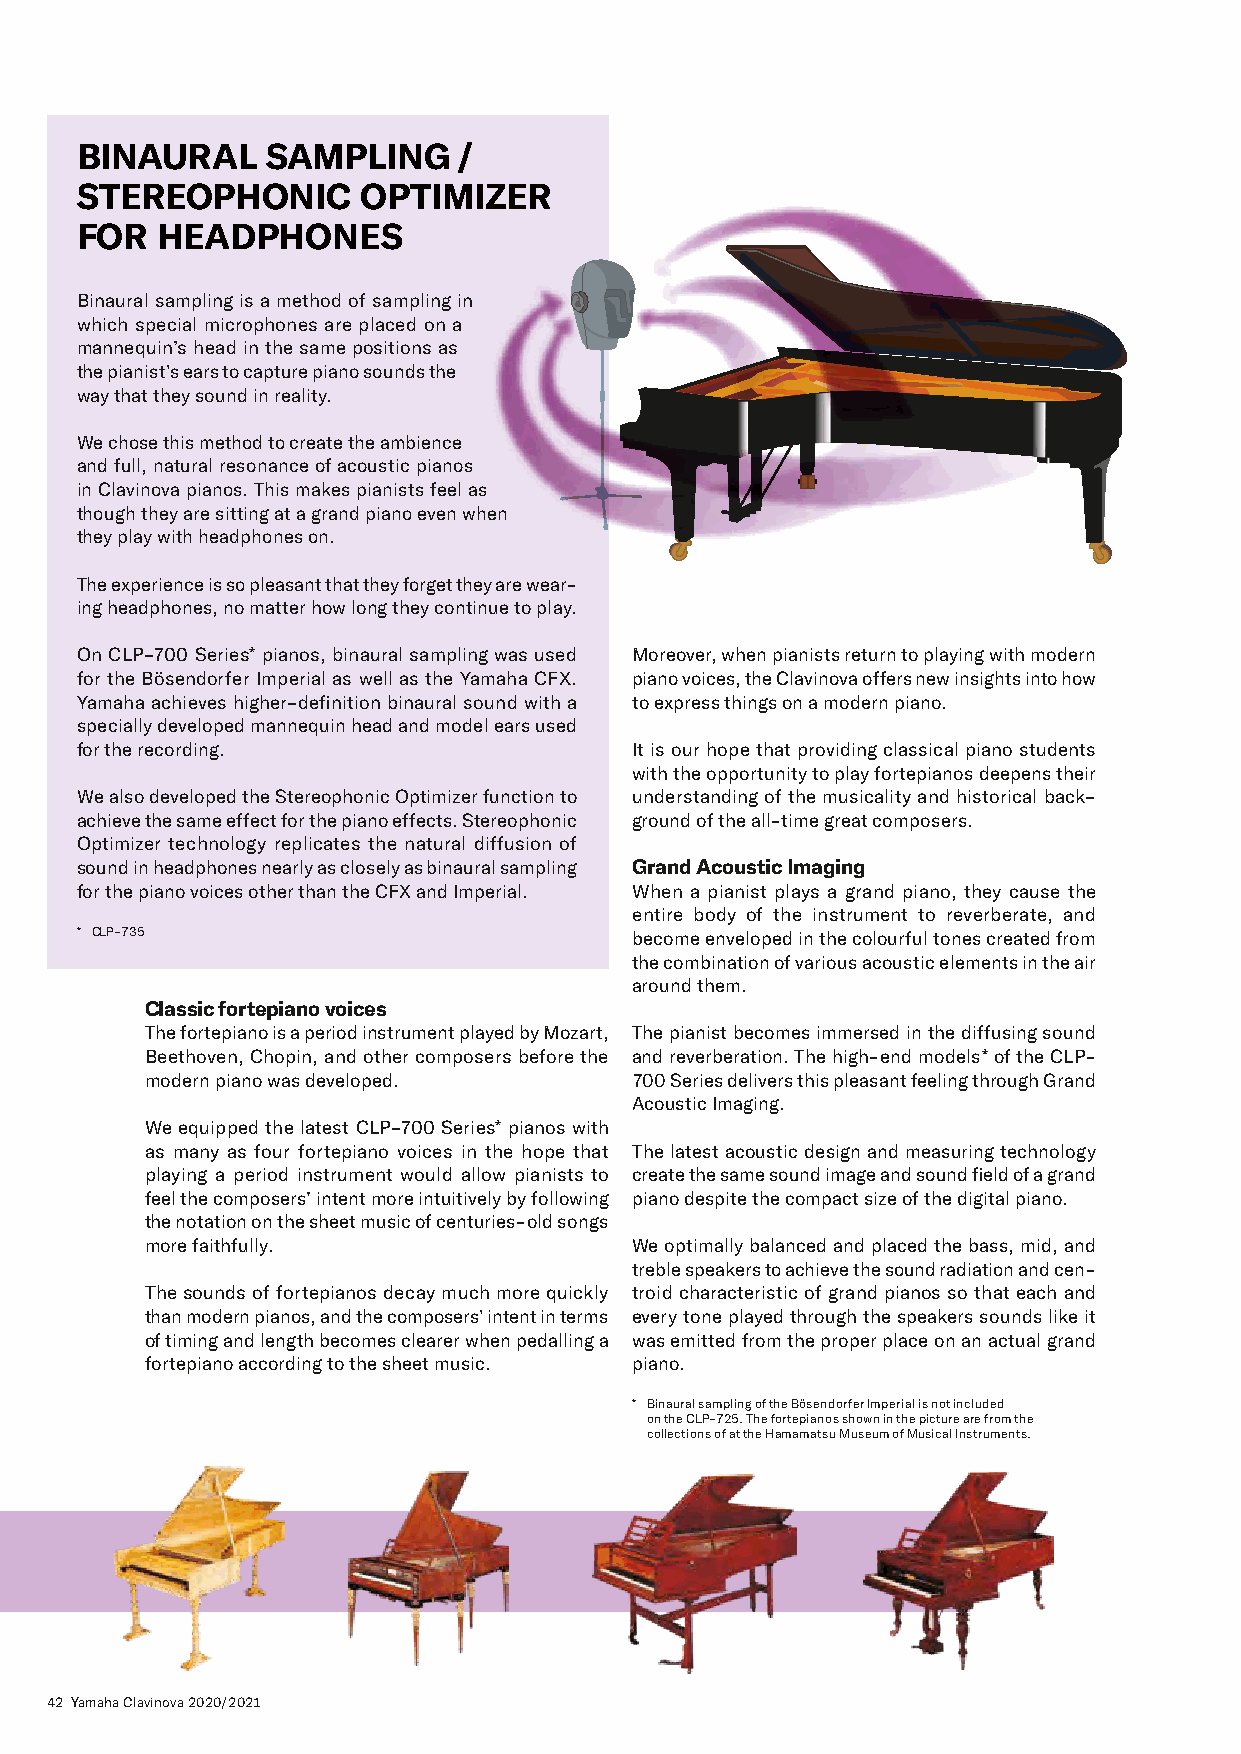
BINAURAL     S AMPLING   /
 STEREOPHONIC       OPTIMIZER
 FOR  HEADPHONES
 Binaural sampling is a method of sampling in
 which special microphones are placed on a
 mannequin’s head in the same positions as
 the pianist’s ears to capture piano sounds the
 way that they sound in reality.
 We chose this method to create the ambience
 and full, natural resonance of acoustic pianos
 in Clavinova pianos. This makes pianists feel as
 though they are sitting at a grand piano even when
 they play with headphones on.
 The experience is so pleasant that they forget they are wear-
 ing headphones, no matter how long they continue to play.
 On CLP-700 Series* pianos, binaural sampling was used Moreover, when pianists return to playing with modern
 for the Bösendorfer Imperial as well as the Yamaha CFX. piano voices, the Clavinova offers new insights into how
 Yamaha achieves higher-definition binaural sound with a to express things on a modern piano.
 specially developed mannequin head and model ears used
 for the recording.                   It is our hope that providing classical piano students
 with the opportunity to play fortepianos deepens their
 We also developed the Stereophonic Optimizer function to understanding of the musicality and historical back-
 achieve the same effect for the piano effects. Stereophonic ground of the all-time great composers.
 Optimizer technology replicates the natural diffusion of
 sound in headphones nearly as closely as binaural sampling Grand Acoustic Imaging
 for the piano voices other than the CFX and Imperial. When a pianist plays a grand piano, they cause the
 entire body of the instrument to reverberate, and
 * CLP-735                            become enveloped in the colourful tones created from
 the combination of various acoustic e lements in the air
 around them.
 Classic fortepiano voices
 The fortepiano is a period instrument played by Mozart, The pianist becomes immersed in the diffusing sound
 Beethoven, Chopin, and other composers before the and reverberation. The high-end models * of the CLP-
 modern piano was developed.     700 Series delivers this pleasant feeling through Grand
 Acoustic Imaging.
 We equipped the latest CLP-700 Series* pianos with
 as many as four fortepiano voices in the hope that The latest acoustic design and measuring technology
 playing a period instrument would allow pianists to create the same sound image and sound field of a grand
 feel the composers’ intent more intuitively by following piano despite the compact size of the digital piano.
 the notation on the sheet music of centuries-old songs
 more faithfully.                We optimally balanced and placed the bass, mid, and
 treble speakers to achieve the sound radiation and cen-
 The sounds of fortepianos decay much more quickly troid characteristic of grand pianos so that each and
 than modern pianos, and the composers’ intent in terms every tone played through the speakers sounds like it
 of timing and length becomes clearer when pedalling a was emitted from the proper place on an actual grand
 fortepiano according to the sheet music. piano.
 * B inaural sampling of the Bösendorfer Imperial is not included
 on the CLP-725. The fortepianos shown in the picture are from the
 collections of at the Hamamatsu Museum of Musical Instruments.
 42 Yamaha Clavinova 2020/2021